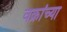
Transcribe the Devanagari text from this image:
वक्रांच्या